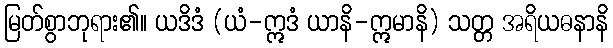
မြတ်စွာဘုရား၏။ ယဒိဒံ (ယံ-ဣဒံ ယာနိ-ဣမာနိ) သတ္တ အရိယဓနာနိ